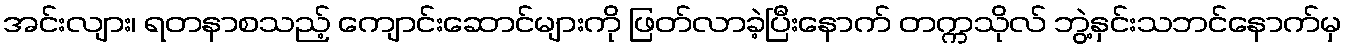
အင်းလျား၊ ရတနာစသည့် ကျောင်းဆောင်များကို ဖြတ်လာခဲ့ပြီးနောက် တက္ကသိုလ် ဘွဲ့နှင်းသဘင်နောက်မှ